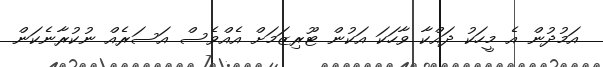
އަމުދުން އެ މީހަކު ދައްކާ ވާހަކަ އަކުން ޓޫރިޒަމަށް އެއްވެސް އަސަރެއް ނުކުރާނެކަން